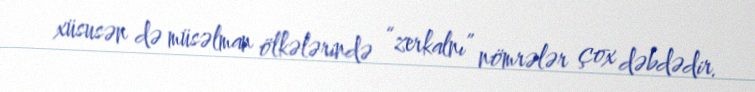
xüsusən də müsəlman ölkələrində “zerkalnı” nömrələr çox dəbdədir.